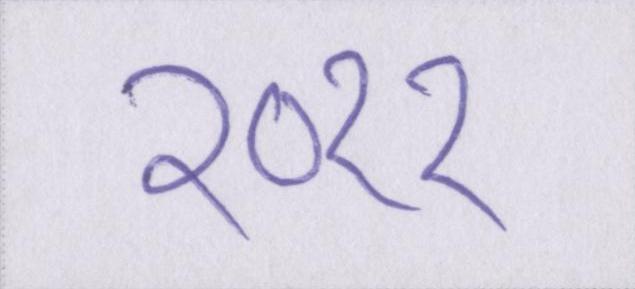
२०११